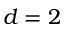
d = 2